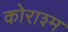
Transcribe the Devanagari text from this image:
कोराश्म